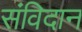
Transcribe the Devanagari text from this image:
संविदान